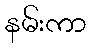
နမ်းကာ